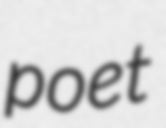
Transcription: poet